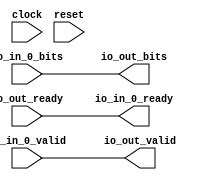
module Arbiter_8(
  input   clock,
  input   reset,
  output  io_in_0_ready,
  input   io_in_0_valid,
  input   io_in_0_bits,
  input   io_out_ready,
  output  io_out_valid,
  output  io_out_bits
);
  assign io_in_0_ready = io_out_ready; // @[Arbiter.scala 134:19]
  assign io_out_valid = io_in_0_valid; // @[Arbiter.scala 135:31]
  assign io_out_bits = io_in_0_bits; // @[Arbiter.scala 124:15]
endmodule